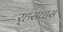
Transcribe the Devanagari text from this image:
र्‍हसघास